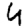
Digit: 4